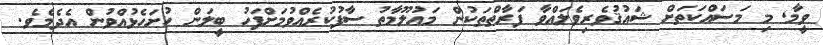
ވީމާ